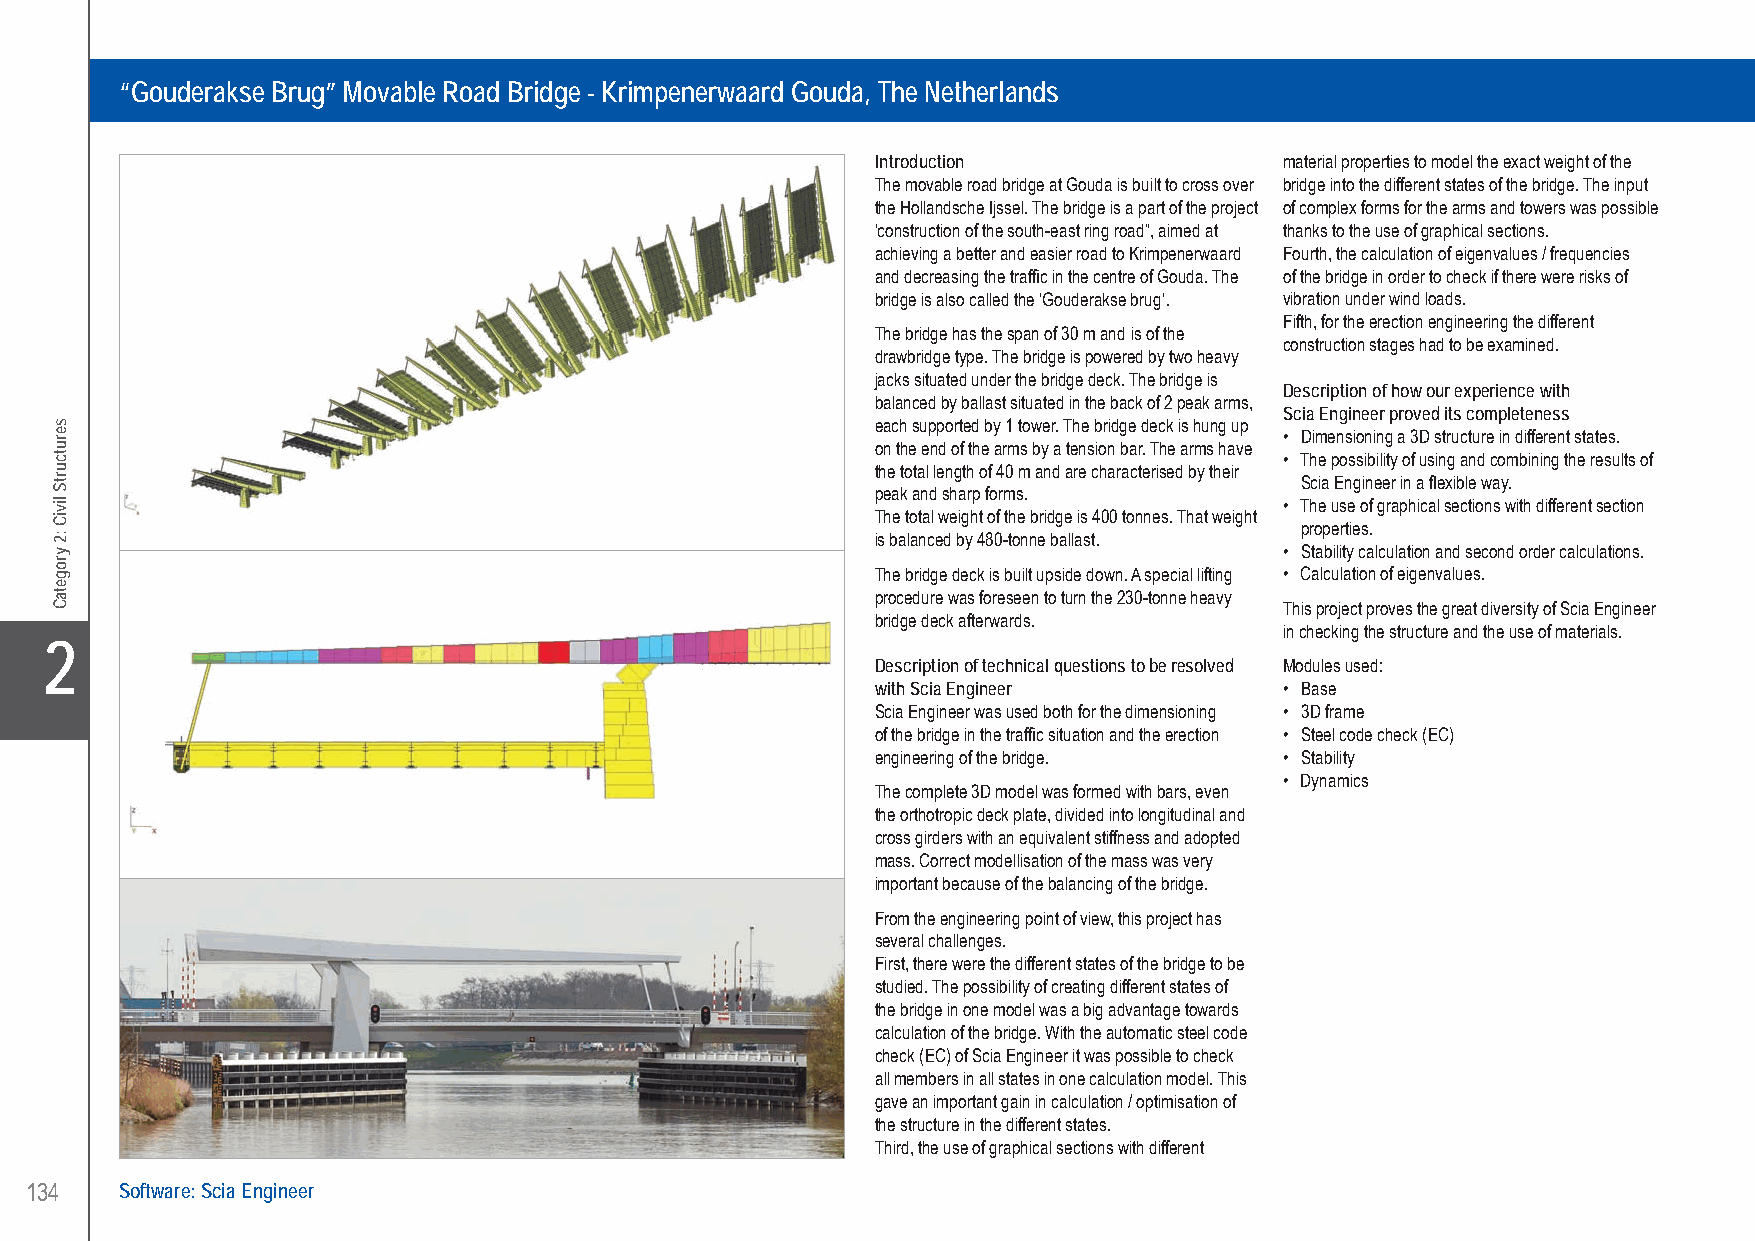
Ingenieursbureau Stendess N.V. “Gouderakse Brug” Movable Road Bridge - Krimpenerwaard Gouda, The Netherlands
 “Gouderakse Brug” Movable Road Bridge - Krimpenerwaard Gouda, The Netherlands
 Introduction               material properties to model the exact weight of the
 The movable road bridge at Gouda is built to cross over bridge into the different states of the bridge. The input
 the Hollandsche Ijssel. The bridge is a part of the project of complex forms for the arms and towers was possible
 ‘construction of the south-east ring road”, aimed at thanks to the use of graphical sections.
 achieving a better and easier road to Krimpenerwaard Fourth, the calculation of eigenvalues / frequencies
 and decreasing the traffic in the centre of Gouda. The of the bridge in order to check if there were risks of
 bridge is also called the ‘Gouderakse brug’. vibration under wind loads.
 Fifth, for the erection engineering the different
 The bridge has the span of 30 m and is of the
 construction stages had to be examined.
 drawbridge type. The bridge is powered by two heavy
 jacks situated under the bridge deck. The bridge is
 Description of how our experience with
 balanced by ballast situated in the back of 2 peak arms,
 Scia Engineer proved its completeness
 each supported by 1 tower. The bridge deck is hung up
 • Dimensioning a 3D structure in different states.
 on the end of the arms by a tension bar. The arms have
 • The possibility of using and combining the results of
 the total length of 40 m and are characterised by their
 Scia Engineer in a flexible way.
 peak and sharp forms.
 • The use of graphical sections with different section
 The total weight of the bridge is 400 tonnes. That weight
 properties.
 is balanced by 480-tonne ballast.
 • Stability calculation and second order calculations.
 The bridge deck is built upside down. A special lifting • Calculation of eigenvalues.
 procedure was foreseen to turn the 230-tonne heavy
 This project proves the great diversity of Scia Engineer
 bridge deck afterwards.
 in checking the structure and the use of materials.
 X2
 Description of technical questions to be resolved Modules used:
 with Scia Engineer         • Base
 Scia Engineer was used both for the dimensioning • 3D frame
 of the bridge in the traffic situation and the erection • Steel code check (EC)
 engineering of the bridge. • Stability
 • Dynamics
 The complete 3D model was formed with bars, even
 the orthotropic deck plate, divided into longitudinal and
 cross girders with an equivalent stiffness and adopted
 mass. Correct modellisation of the mass was very
 important because of the balancing of the bridge.
 From the engineering point of view, this project has
 several challenges.
 First, there were the different states of the bridge to be
 studied. The possibility of creating different states of
 the bridge in one model was a big advantage towards
 calculation of the bridge. With the automatic steel code
 check (EC) of Scia Engineer it was possible to check
 all members in all states in one calculation model. This
 gave an important gain in calculation / optimisation of
 the structure in the different states.
 Third, the use of graphical sections with different
 134   Software: Scia Engineer
 UC-2013-Book-V8.indd 134                                                                                  7/11/2013 12:24:40 PM
 serutcurtS
 liviC
 :2
 yrogetaC